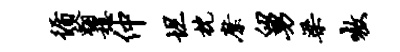
循翰稳仲坦枕縻舅梁嗷